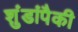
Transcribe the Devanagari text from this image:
शुंडांपैकी